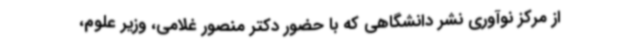
از مرکز نوآوری نشر دانشگاهی که با حضور دکتر منصور غلامی، وزیر علوم،